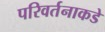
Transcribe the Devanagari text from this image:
परिवर्तनाकडे